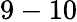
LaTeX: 9-10